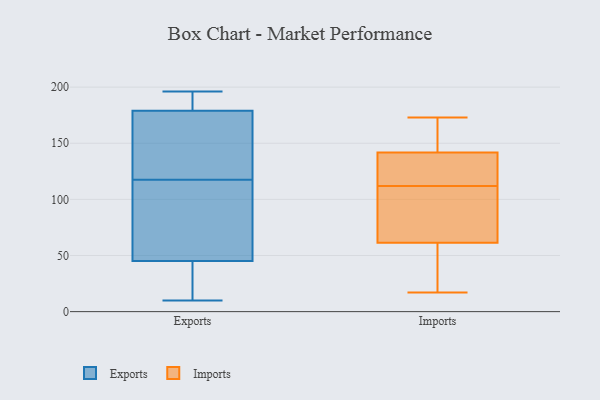
{"axis": {"x": "Demand Index", "y": "Value"}, "legend": ["Exports", "Imports"], "data": [{"x": "", "y": 14, "type": "Exports"}, {"x": "", "y": 196, "type": "Exports"}, {"x": "", "y": 192, "type": "Exports"}, {"x": "", "y": 45, "type": "Exports"}, {"x": "", "y": 45, "type": "Exports"}, {"x": "", "y": 179, "type": "Exports"}, {"x": "", "y": 190, "type": "Exports"}, {"x": "", "y": 126, "type": "Exports"}, {"x": "", "y": 109, "type": "Exports"}, {"x": "", "y": 162, "type": "Exports"}, {"x": "", "y": 53, "type": "Exports"}, {"x": "", "y": 140, "type": "Exports"}, {"x": "", "y": 10, "type": "Exports"}, {"x": "", "y": 80, "type": "Exports"}, {"x": "", "y": 164, "type": "Imports"}, {"x": "", "y": 81, "type": "Imports"}, {"x": "", "y": 135, "type": "Imports"}, {"x": "", "y": 123, "type": "Imports"}, {"x": "", "y": 170, "type": "Imports"}, {"x": "", "y": 98, "type": "Imports"}, {"x": "", "y": 56, "type": "Imports"}, {"x": "", "y": 17, "type": "Imports"}, {"x": "", "y": 17, "type": "Imports"}, {"x": "", "y": 48, "type": "Imports"}, {"x": "", "y": 173, "type": "Imports"}, {"x": "", "y": 136, "type": "Imports"}, {"x": "", "y": 71, "type": "Imports"}, {"x": "", "y": 141, "type": "Imports"}, {"x": "", "y": 144, "type": "Imports"}, {"x": "", "y": 142, "type": "Imports"}, {"x": "", "y": 58, "type": "Imports"}, {"x": "", "y": 112, "type": "Imports"}, {"x": "", "y": 109, "type": "Imports"}]}